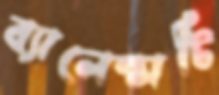
ব্যালেন্সটি